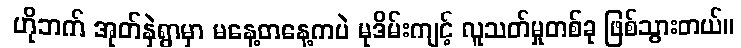
ဟိုဘက် အုတ်နှဲရွာမှာ မနေ့တနေ့ကပဲ မုဒိမ်းကျင့် လူသတ်မှုတစ်ခု ဖြစ်သွားတယ်။